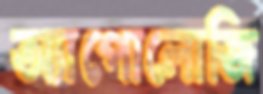
অ্যাপোলোজি